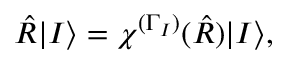
\hat { R } | I \rangle = \chi ^ { ( \Gamma _ { I } ) } ( \hat { R } ) | I \rangle ,